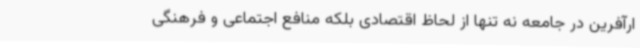
ارآفرین در جامعه نه تنها از لحاظ اقتصادی بلکه منافع اجتماعی و فرهنگی